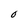
Character: O